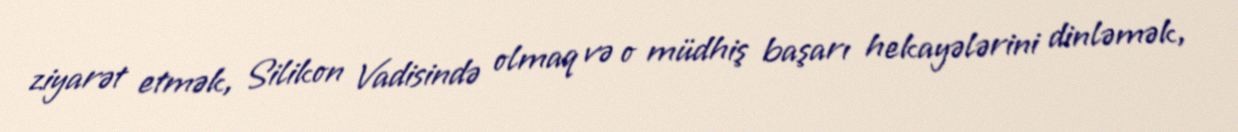
ziyarət etmək, Silikon Vadisində olmaq və o müdhiş başarı hekayələrini dinləmək,